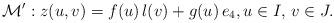
LaTeX: \begin{align*} \mathcal{M}': z(u,v) = f(u)\, l(v) + g(u) \,e_4, u \in I, \, v \in J.\end{align*}